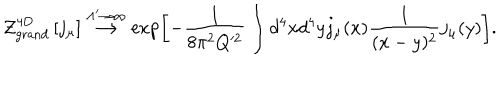
{ \cal Z } _ { \mathrm { g r a n d } } ^ { \mathrm { 4 D } } \left[ j _ { \mu } \right] \stackrel { { \Lambda ^ { \prime } \to \infty } } { \longrightarrow } \exp \left[ - \frac { 1 } { 8 \pi ^ { 2 } Q ^ { 2 } } \int d ^ { 4 } x d ^ { 4 } y j _ { \mu } ( x ) \frac { 1 } { ( x - y ) ^ { 2 } } j _ { \mu } ( y ) \right] .